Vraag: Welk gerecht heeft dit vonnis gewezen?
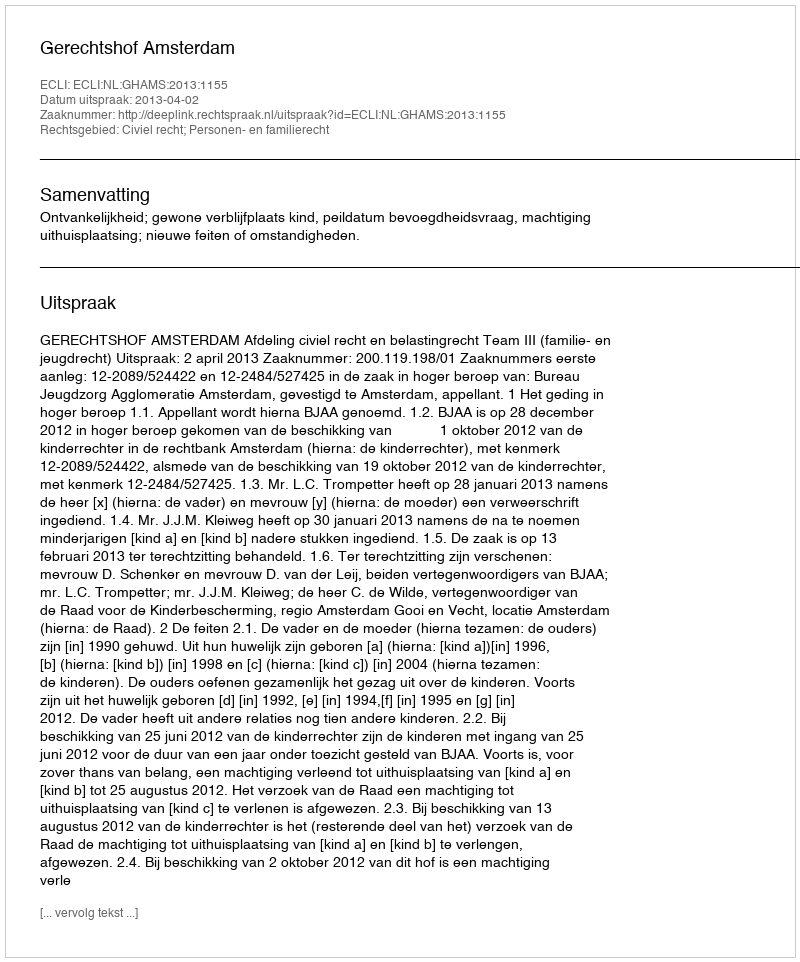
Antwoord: Gerechtshof Amsterdam